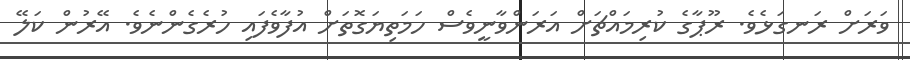
ވަރަށް ރަނގަޅެވެ. ރޫޕާގެ ކުރިމައްޗަށް އަރަންވާނީވެސް ހަމަތިޔަގޮތަށް އުފާވެފައި ހުރެގެންނެވެ. އޭރުން ކަލޭ